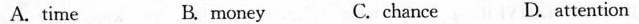
A.time B.money C.chance D. attention